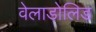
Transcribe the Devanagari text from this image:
वेलाडोलिड